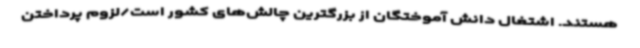
هستند. اشتغال دانش آموختگان از بزرگترین چالش‌های کشور است/لزوم پرداختن